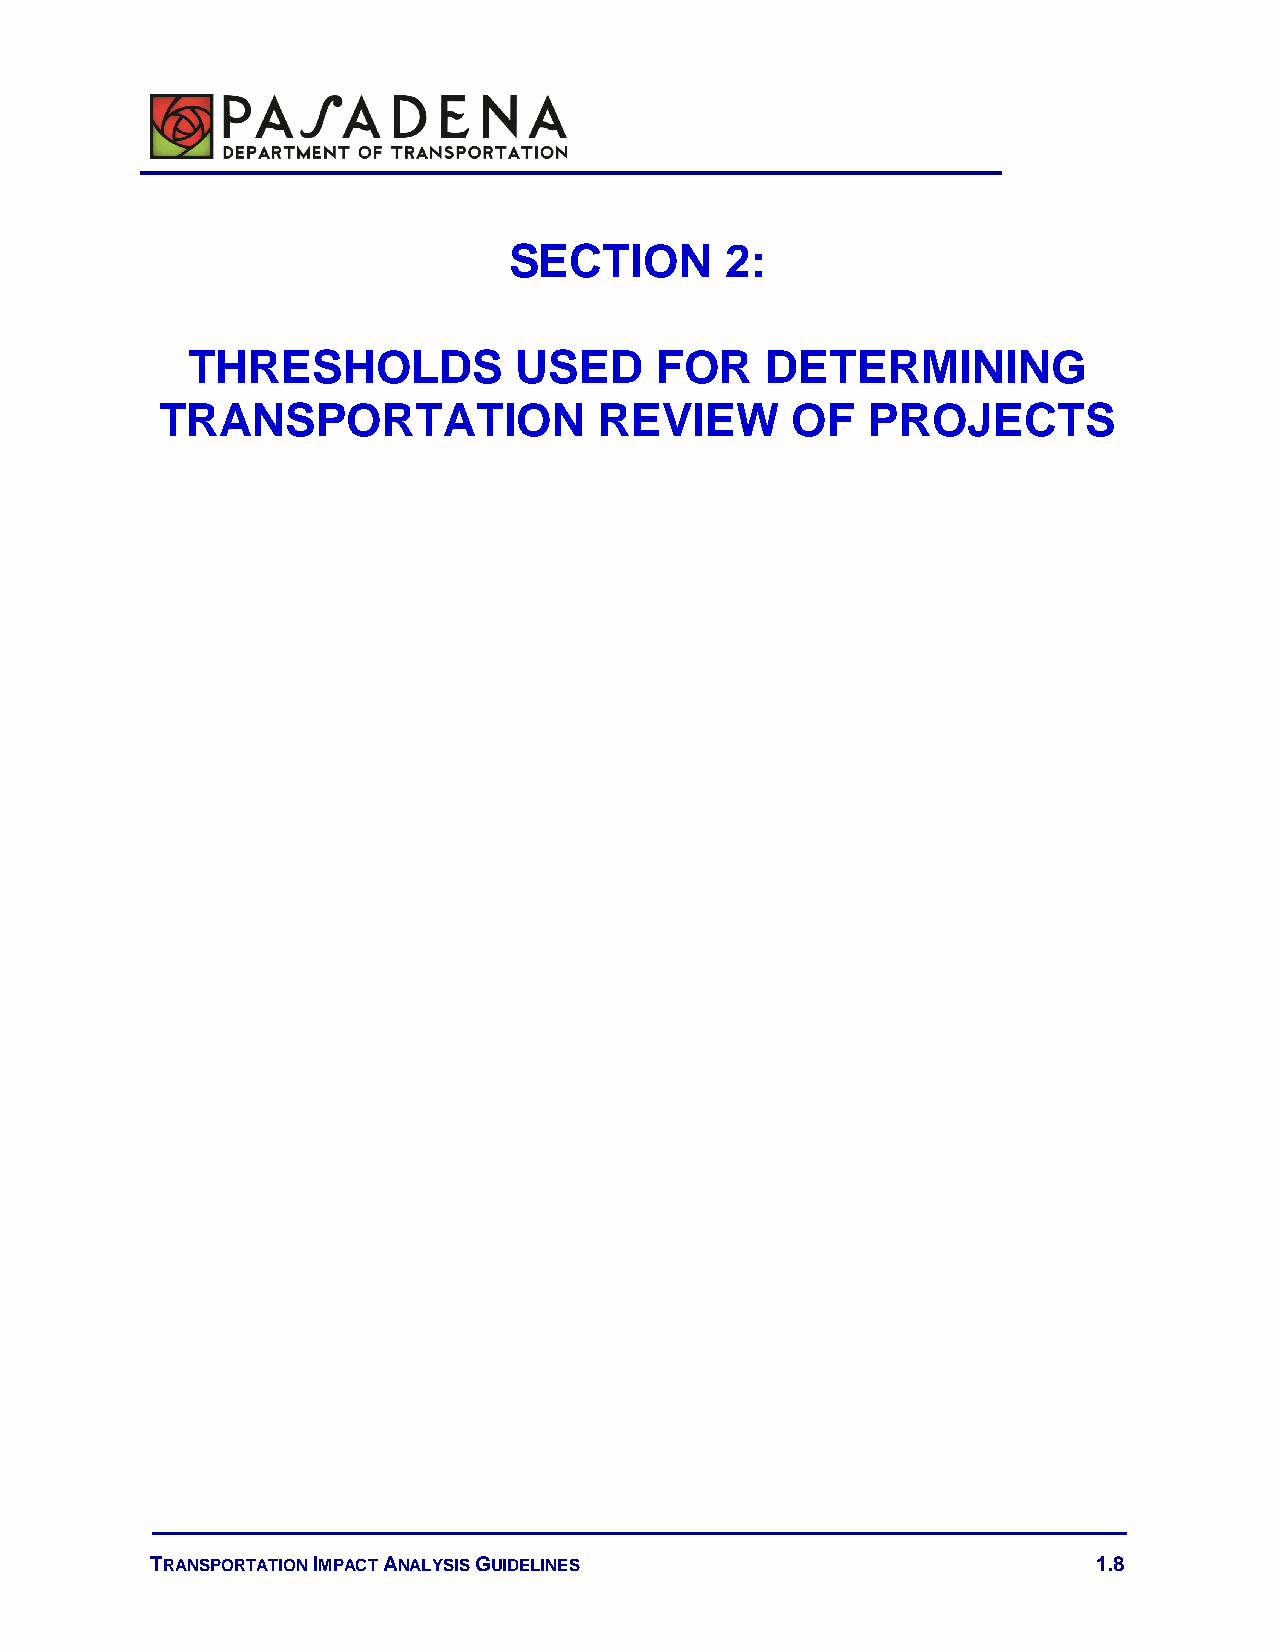
SECTION       2:
 THRESHOLDS            USED     FOR     DETERMINING
 TRANSPORTATION               REVIEW      OF    PROJECTS
 TRANSPORTATION IMPACT ANALYSIS GUIDELINES                      1.8